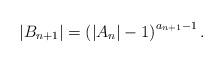
LaTeX: \begin{align*}|B_{n+1}| = \left( |A_n| -1\right)^{a_{n+1} -1}.\end{align*}